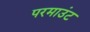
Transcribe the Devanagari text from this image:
परमाउंट